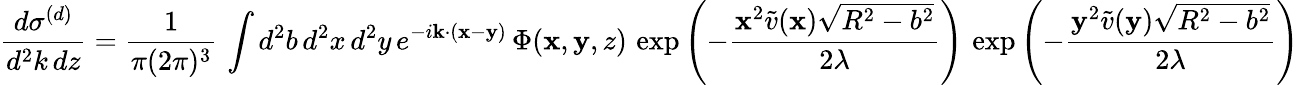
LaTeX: \frac{d\sigma^{(d)}}{d^{2}k\, dz}=\frac{1}{\pi(2\pi)^{3}}\, \int d^{2}b\, d^{2}x\, d^{2}y\, e^{-i{\mathbf k}\cdot({\mathbf x}-{\mathbf y})}\, \Phi({\mathbf x},{\mathbf y},z)\, \exp\left(-\frac{{\mathbf x}^{2}\tilde{v}({\mathbf x})\sqrt{R^{2}-b^{2}}}{2\lambda}\right)\, \exp\left(-\frac{{\mathbf y}^{2}\tilde{v}({\mathbf y})\sqrt{R^{2}-b^{2}}}{2\lambda}\right)